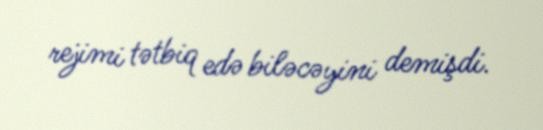
rejimi tətbiq edə biləcəyini demişdi.